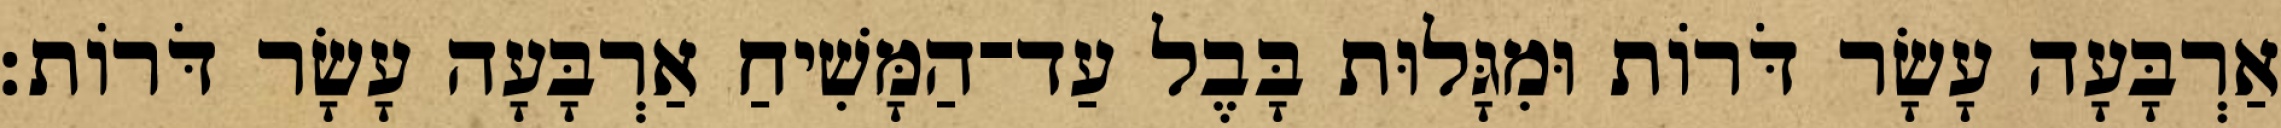
אַרְבָּעָה עָשָׂר דֹּרוֹת וּמִגָּלוּת בָּבֶל עַד־הַמָּשִׁיחַ אַרְבָּעָה עָשָׂר דֹּרוֹת׃